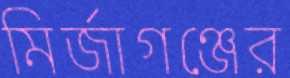
মির্জাগঞ্জের